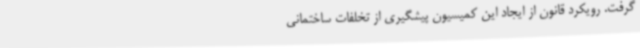
گرفت. رویکرد قانون از ایجاد این کمیسیون پیشگیری از تخلفات ساختمانی